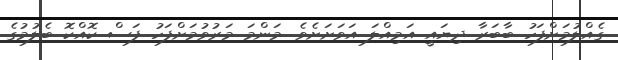
ގެއްލުމަށްފަހު ބާބަރާ ދިޔައީ އަމިއްލަ އަވަށަށެވެ. މަންމަ މަރުވުމަށްފަހު ފަސް ކޮއްކޮ ބެލުމުގެ